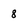
Character: 8